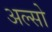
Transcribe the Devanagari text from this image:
अल्सो